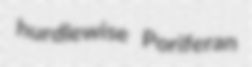
hurdlewise Poriferan